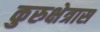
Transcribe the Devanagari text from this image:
कुरुक्षेत्रास